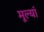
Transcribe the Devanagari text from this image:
मूल्यां